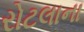
રોટલાના